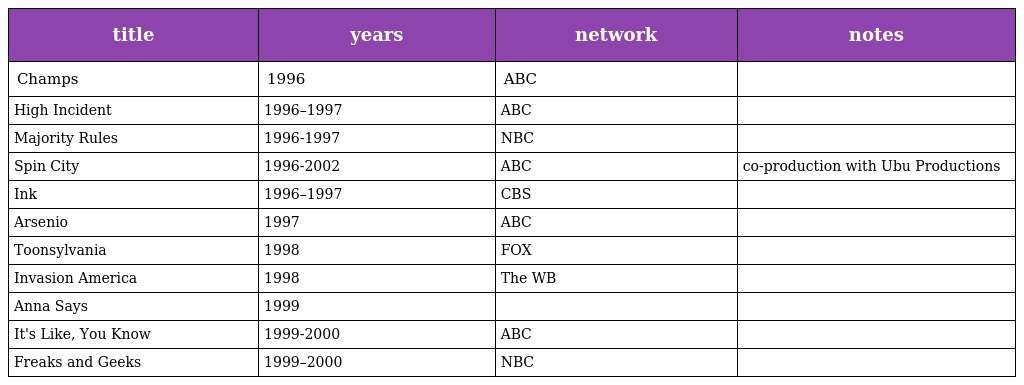
| title | years | network | notes |
 | --- | --- | --- | --- |
 | Champs | 1996 | ABC |  |
 | High Incident | 1996–1997 | ABC |  |
 | Majority Rules | 1996-1997 | NBC |  |
 | Spin City | 1996-2002 | ABC | co-production with Ubu Productions |
 | Ink | 1996–1997 | CBS |  |
 | Arsenio | 1997 | ABC |  |
 | Toonsylvania | 1998 | FOX |  |
 | Invasion America | 1998 | The WB |  |
 | Anna Says | 1999 |  |  |
 | It's Like, You Know | 1999-2000 | ABC |  |
 | Freaks and Geeks | 1999–2000 | NBC |  |